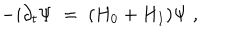
- i \partial _ { t } \Psi \; = \; ( H _ { 0 } + H _ { I } ) \Psi \; ,